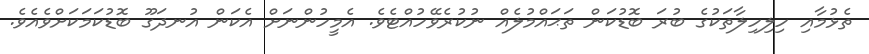
ތެޅުމާއި ހިލިހިލާތަކުގެ ބުރަ ބޮޑުކަން ތަޙައްމުލެއް ނުކުރެވޭހުއްޓެވެ. އެމީހުންނަށް އެކަން އުނދަގޫ ބޮޑުކަމަކަށްވެއެވެ.